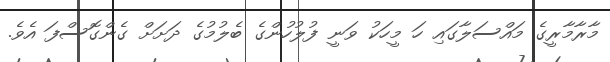
މާރާމާރީގެ މައްސަލާގައި ހަ މީހަކު ވަނީ ފުލުހުންގެ ބެލުމުގެ ދަށަށް ގެންގޮސްފަ އެވެ.